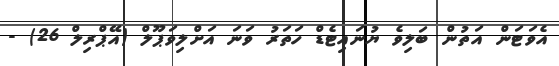
އެވަޓަން އަތުން ބަލިވެ ޔުނައިޓެޑް ހަތަރު ވަނަ އަށްލިވަޕޫލް (އޭޕްރިލް 26) -